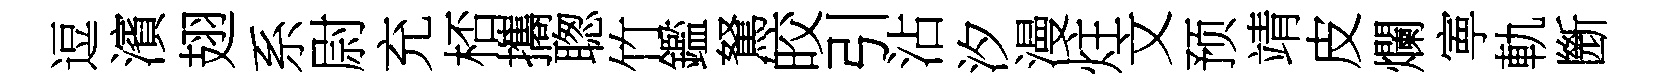
逗濱翅系尉充桮攜聦竹鑑駑皎引沾汐漫炷文预靖皮爛寕軌㫁